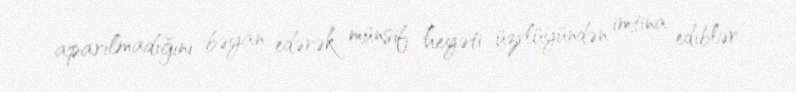
aparılmadığını bəyan edərək münsif heyəti üzvlüyündən imtina ediblər.